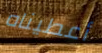
أعطيناه